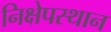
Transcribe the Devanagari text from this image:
निक्षेपस्थान